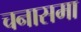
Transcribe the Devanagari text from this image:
चनासमा